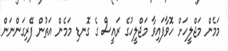
މަމެން މަޖްލީހަށް ހޮވާފައިވާ މަޖްލީހުގެ ރައީސް ގެ ގޮނޑި މަމެން އަތުން ފޭރިގަންނަން